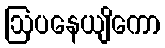
ဩပနေယျိကော